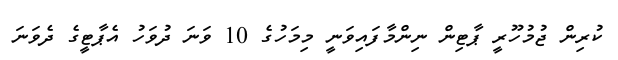
ކުރިން ޖުމުހޫރީ ޕާޓިން ނިންމާފައިވަނީ މިމަހުގެ 10 ވަނަ ދުވަހު އެޕާޓީގެ ދެވަނަ